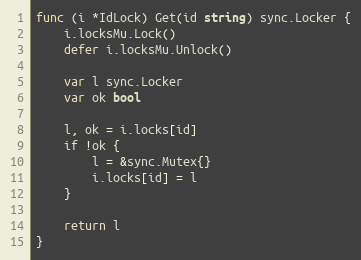
Language: Go
func (i *IdLock) Get(id string) sync.Locker {
	i.locksMu.Lock()
	defer i.locksMu.Unlock()

	var l sync.Locker
	var ok bool

	l, ok = i.locks[id]
	if !ok {
		l = &sync.Mutex{}
		i.locks[id] = l
	}

	return l
}